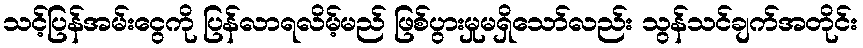
သင့်ပြန်အမ်းငွေကို ပြန်လာရလိမ့်မည် ဖြစ်ပွားမှုမရှိသော်လည်း သွန်သင်ချက်အတိုင်း